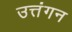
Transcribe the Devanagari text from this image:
उत्तंगन